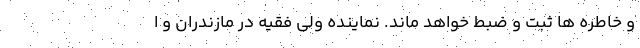
و خاطره ها ثبت و ضبط خواهد ماند. نماینده ولی فقیه در مازندران و ا